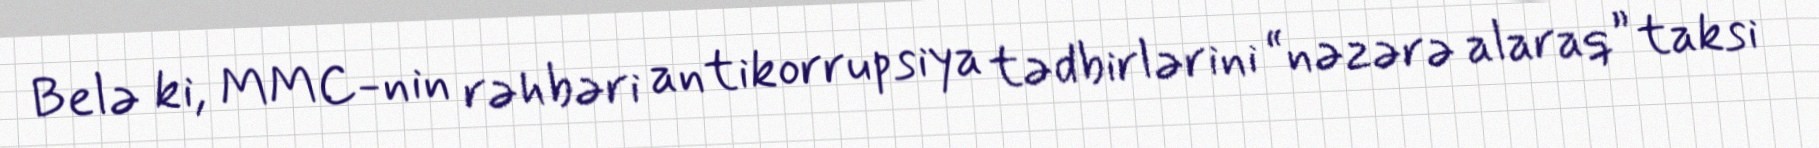
Belə ki, MMC-nin rəhbəri antikorrupsiya tədbirlərini “nəzərə alaraq” taksi